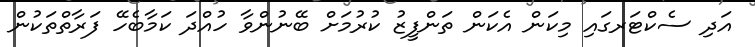
އަދި ސެކްޓަރގައި މިކަން އެކަން ތަންފީޒު ކުރުމަށް ބޭނުންވާ ހުއްދަ ކަމާބެހޭ ފަރާތްތަކުން